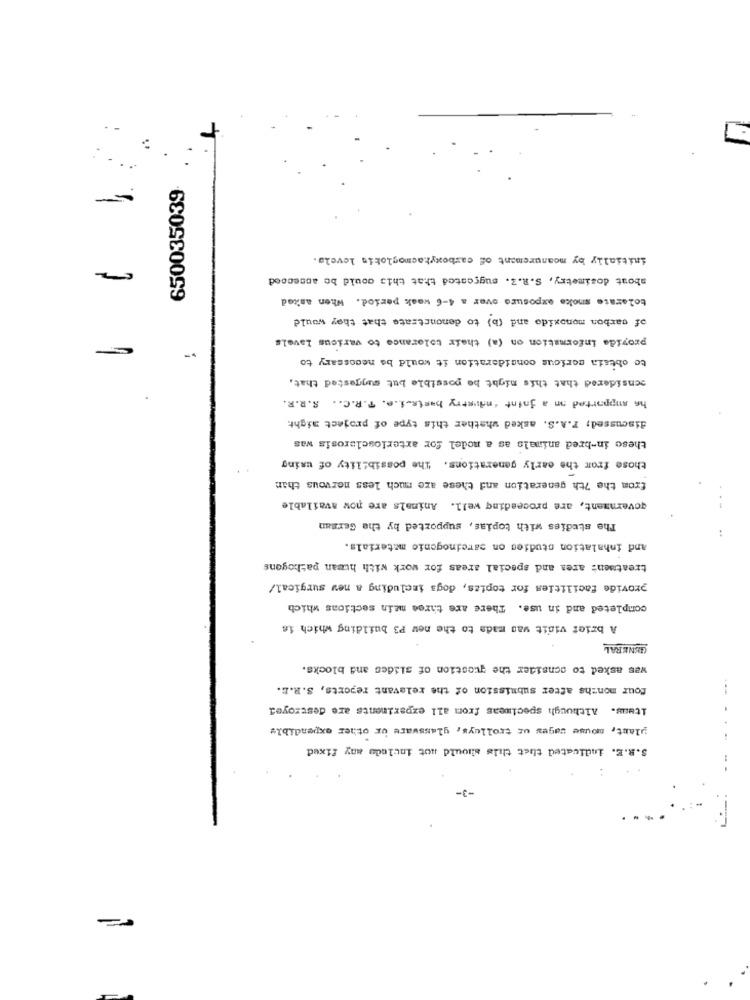
650035039
-
initially by measurement of carboxyhacmoglobin levela.
about dosimetry, S.R.Z. suggested that this could be assecoed
tolerate smoke exposure over a 4-6 weak period. When asked
of carbon monoxide and (b) to denonctrate that they would
provide information on (a) their tolerance to various lavels
to obesia serious consideration it would be necessary to
considered that this might be possible but suggested that,
he supported an a joint industry buste.i.e. T.R.C .. S.R.R.
discussed; F.A.S. asked whether this type of project aight.
these in-bred animals as a model for arteriosclerosis was
those from the early generations. The possibility of using
from the 7th generation and these are much less nervous than
government, are proceeding well. Animals are now available
The studies with topias, supported by the German
and inhalation studies on carcinogenic materials.
treatment area and special areas for work with human pathogens
provide facilities for topies, dogs including a new surgical/
completed and in use. There are three main sections which
A brief vidit was made to the new P3 building which is
GENERAL
was asked to consider the question of slides and blocks.
four months after submission of the relevant reports, S.R.E.
Itwas. Although specimens from all experiments are destroyed
plant, mouse cages of trolleys, glassware or other expendible
S.R.E. indicated thet this should not include any fixed